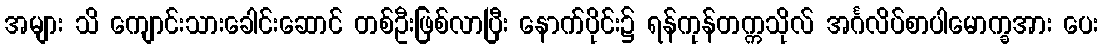
အများ သိ ကျောင်းသားခေါင်းဆောင် တစ်ဦးဖြစ်လာပြီး နောက်ပိုင်း၌ ရန်ကုန်တက္ကသိုလ် အင်္ဂလိပ်စာပါမောက္ခအား ပေး